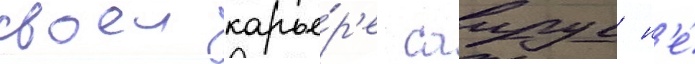
своеи карье́р'е саирус н'е́